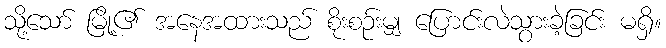
သို့သော် မြို့၏ အနေအထားသည် စိုးစဉ်းမျှ ပြောင်းလဲသွားခဲ့ခြင်း မရှိ။